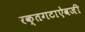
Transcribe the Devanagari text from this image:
रक्तगटाऐवजी